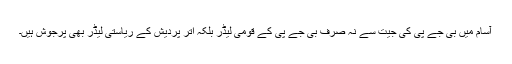
آسام میں بی جے پی کی جیت سے نہ صرف بی جے پی کے قومی لیڈر بلکہ اتر پردیش کے ریاستی لیڈر بھی پُرجوش ہیں۔